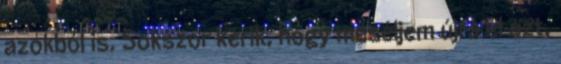
azokból is. Sokszor kérik, hogy meséljem újra el azt,